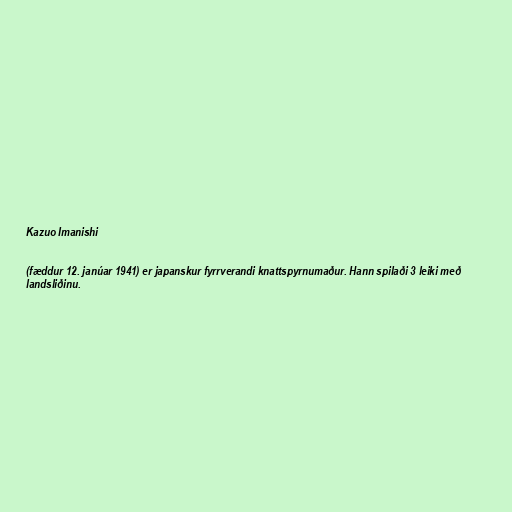
Kazuo Imanishi

(fæddur 12. janúar 1941) er japanskur fyrrverandi knattspyrnumaður. Hann spilaði 3 leiki með
landsliðinu.